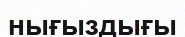
нығыздығы